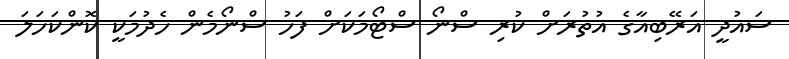
ސައުދީ އަރޭބިއާގެ އުތުރަށް ކުރި ސްނޯ ސްޓޯމަކަށް ފަހު ސްނޯމެން ހެދުމަކީ ކޮންކަހަލަ